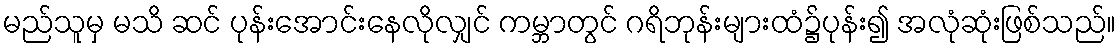
မည်သူမှ မသိ ဆင် ပုန်းအောင်းနေလိုလျှင် ကမ္ဘာတွင် ဂရိဘုန်းများထံ၌ပုန်း၍ အလုံဆုံးဖြစ်သည်။